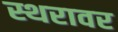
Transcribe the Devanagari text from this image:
स्थरावर